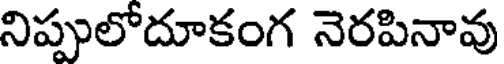
నిప్పులోదూకంగ నెరపినావు